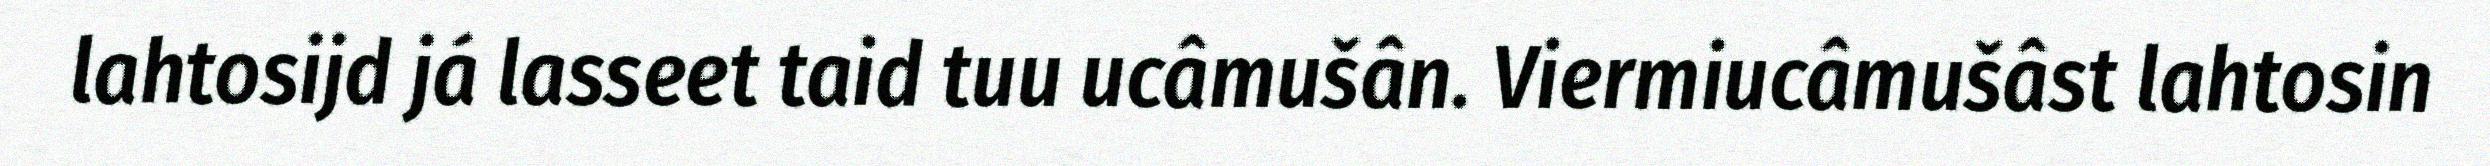
lahtosijd já lasseet taid tuu ucâmušân. Viermiucâmušâst lahtosin